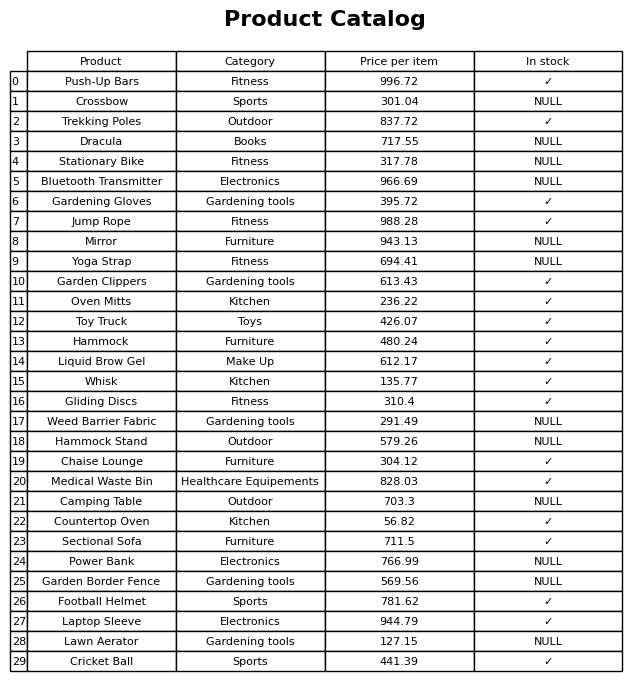
question: What is the price for Oven Mitts?
answer: The price of Oven Mitts is 236.22.